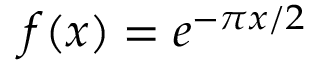
f ( x ) = e ^ { - \pi x / 2 }